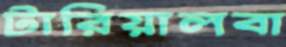
টারিয়ালবা